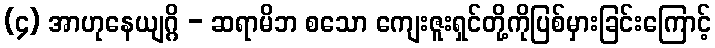
(၄) အာဟုနေယျဂ္ဂိ - ဆရာမိဘ စသော ကျေးဇူးရှင်တို့ကိုပြစ်မှားခြင်းကြောင့်